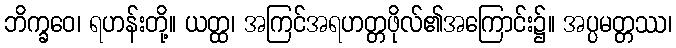
ဘိက္ခဝေ၊ ရဟန်းတို့။ ယတ္ထ၊ အကြင်အရဟတ္တဖိုလ်၏အကြောင်း၌။ အပ္ပမတ္တဿ၊